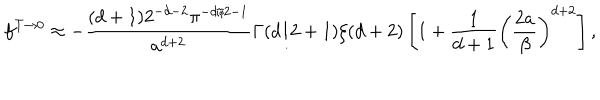
f ^ { T \to 0 } \approx - { \frac { ( d + 1 ) 2 ^ { - d - 2 } \pi ^ { - d / 2 - 1 } } { a ^ { d + 2 } } } \Gamma ( d / 2 + 1 ) \zeta ( d + 2 ) \left[ 1 + { \frac { 1 } { d + 1 } } \left( \frac { 2 a } { \beta } \right) ^ { d + 2 } \right] ,